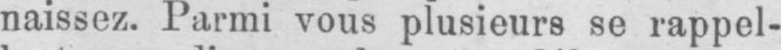
naissez. Parmi vous plusieurs se rappel-